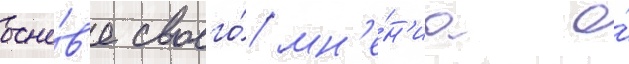
осно́в'е своего́ мн'е́н'иа о́